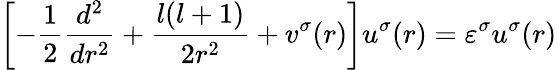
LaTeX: \left[-\frac{1}{2}\frac{d^{2}}{dr^{2}}+\frac{l(l+1)}{2r^{2}}+v^{\sigma}(r)\right]u^{\sigma}(r)=\varepsilon^{\sigma}u^{\sigma}(r)